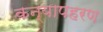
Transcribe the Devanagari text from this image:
कन्यापहरण